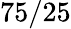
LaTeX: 75/25